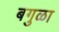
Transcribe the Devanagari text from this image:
बगुळा